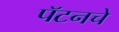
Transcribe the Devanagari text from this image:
पॅटनचे